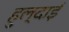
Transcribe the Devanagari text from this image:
हुल्दाई